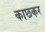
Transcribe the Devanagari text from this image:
काछकर